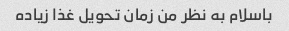
باسلام به نظر من زمان تحویل غذا زیاده